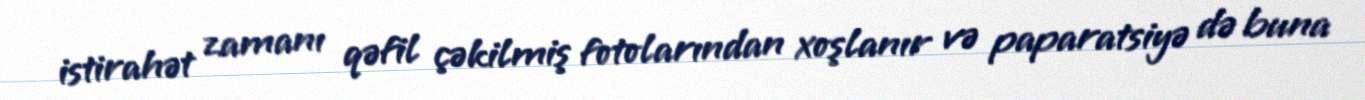
istirahət zamanı qəfil çəkilmiş fotolarından xoşlanır və paparatsiyə də buna